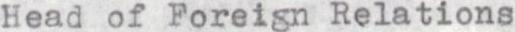
Head of Foreign Relations